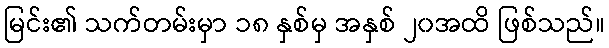
မြင်း၏ သက်တမ်းမှာ ၁၈ နှစ်မှ အနှစ် ၂၀အထိ ဖြစ်သည်။